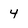
Character: 4